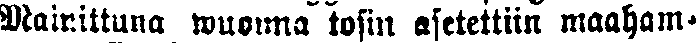
Mainittuna wuonna tosin asetettiin maaham-